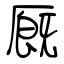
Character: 厩